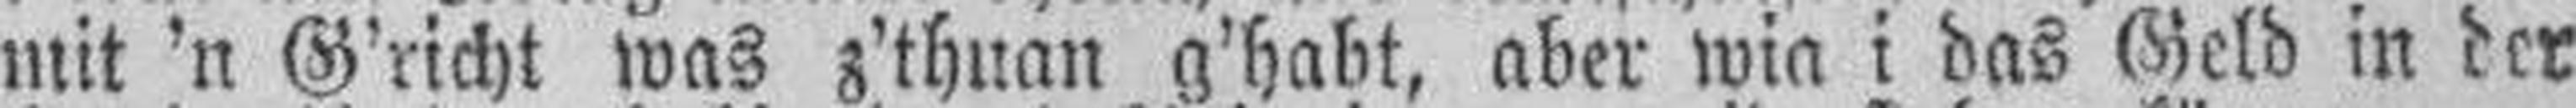
mit 'n G'richt was z'thuan g'habt, aber wia i das Geld in der